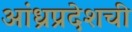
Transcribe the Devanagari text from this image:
आंध्रप्रदेशची